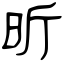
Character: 昕